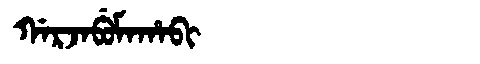
Manchu: ᡤᠠᡵᠵᠠᠪᡠᠮᠠᡥᠠᠪᡳ
Romanization: GARJABUMAHABI